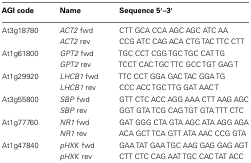
| AGI code | Name | Sequence 5′–3′ |
 | --- | --- | --- |
 | At3g18780 | ACT2 fwd | CTT GCA CCA AGC AGC ATC AA |
 |  | ACT2 rev | CCG ATC CAG ACA CTG TAC TTC CTT |
 | At1g61800 | GPT2 fwd | TGC CCT CGG TGC TGC CAT TG |
 |  | GPT2 rev | TCCT CAC TGC TTC GCC TGT GAG T |
 | At1g29920 | LHCB1 fwd | TTC CCT GGA GAC TAC GGA TG |
 |  | LHCB1 rev | CCC ACC TGC TTG GAT AAC T |
 | At3g55800 | SBP fwd | GTT CTC ACC AGG AAA CTT AAG AGC |
 |  | SBP rev | GGT GTA TCG CAG TGT GTA TTT CTC |
 | At1g77760 | NR1 fwd | GAT GGG CTA GTA AGC ATA AGG AGA |
 |  | NR1 rev | ACA GCT TCA GTT ATA AAC CCG GTA |
 | At1g47840 | pHXK fwd | GAA TAT GAA TGC AAG GAG GAG AGT |
 |  | pHXK rev | CTT CTC CAG AAT TGC CAC TAT ACC |